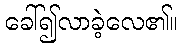
ခေါ်၍လာခဲ့လေ၏။